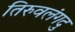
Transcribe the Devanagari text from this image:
तिरुवलंगदु